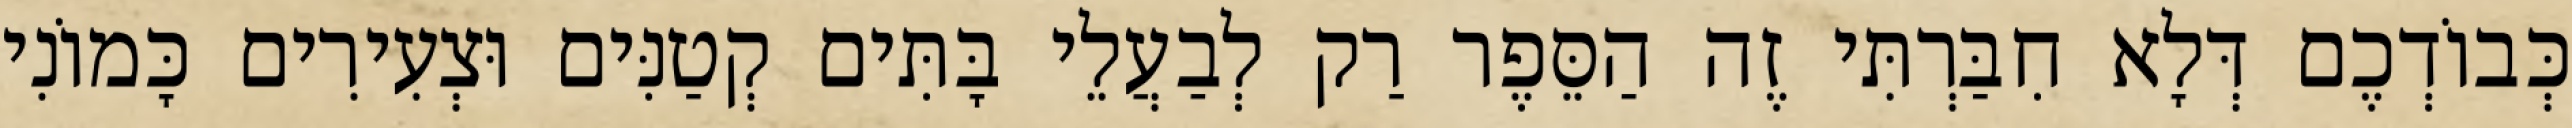
כְּבוֹדְכֶם דְּלָא חִבַּרְתִּי זֶה הַסֵּפֶר רַק לְבַעֲלֵי בָּתִּים קְטַנִּים וּצְעִירִים כָּמוֹנִי